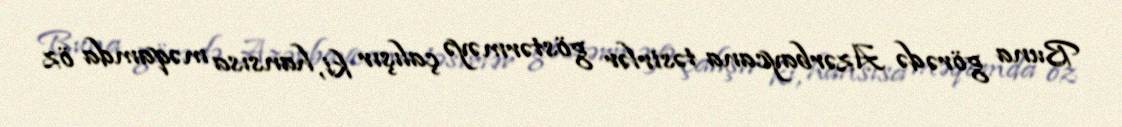
Buna görə də Azərbaycana təsirlər göstərməyə çalışır ki, hansısa məqamda öz